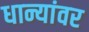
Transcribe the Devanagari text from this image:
धान्यांवर